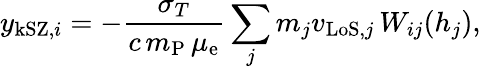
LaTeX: y_{\mathrm{kSZ,}i}=-\frac{\sigma_{T}}{c\, m_{\mathrm{P}}\, \mu_{\mathrm{e}}}\sum_{j}m_{j}v_{\mathrm{LoS,}j}\, W_{ij}(h_{j}),